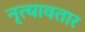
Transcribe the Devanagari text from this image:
नृत्यावतार